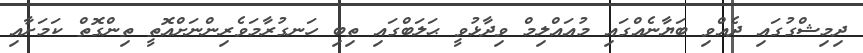
ދިމިޝްގުގައި ދެއްވި ބަޔާނެއްގައި މުއައްލިމް ވިދާޅުވީ ޙަލަބްގައި ތިބި ހަނގުރާމަވެރިންނަށްއޮތީ ތިންގޮތް ކަމަށާއި